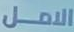
الامل